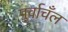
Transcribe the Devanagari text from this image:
पुर्वाचँल